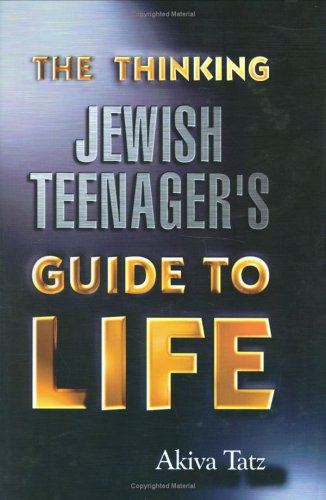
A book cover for Thinking Jewish Teenager's Guide to Life; Akiva Tatz; Children's Books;